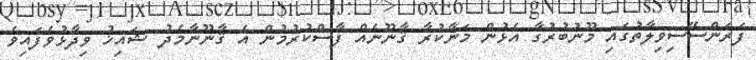
ފަރަންސޭސިވިލާތުގައި މޫނުބުރުގާ އެޅުން މަނާކުރާ ޤާނޫނެއް ފާސްކުރުމުން އެ ޤާނޫނާމެދު ޝައިޚު ވިދާޅުވެފައިވެ